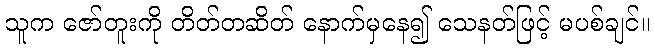
သူက ဇော်တူးကို တိတ်တဆိတ် နောက်မှနေ၍ သေနတ်ဖြင့် မပစ်ချင်။